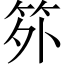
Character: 𬔷